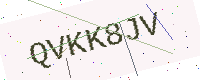
Text: QVKK8JV